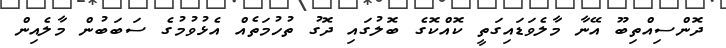
ދޮންސިއްތިބޫ އޭނާ މާލެވަޑައިގަތީ ކޮއްކޮގެ ބޮލުގައި ދޮގު ތުހުމަތެއް އެޅުވުމުގެ ސަބަބުން މާލެއިން